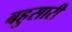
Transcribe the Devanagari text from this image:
बहुसारी